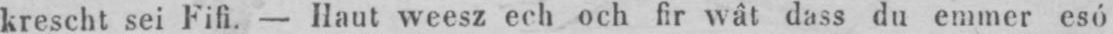
krescht sei Fifi. - Haut weesz ech och fir wât dass du emmer esó